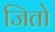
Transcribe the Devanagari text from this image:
जितो